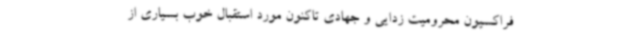
فراکسیون محرومیت زدایی و جهادی تاکنون مورد استقبال خوب بسیاری از